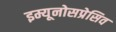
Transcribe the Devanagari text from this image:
इम्यूनोसप्रेसिव